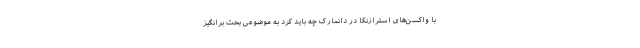
با واکسن‌های استرازنکا در دانمارک چه باید کرد به موضوعی بحث برانگیز